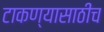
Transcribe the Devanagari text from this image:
टाकण्यासाठीच